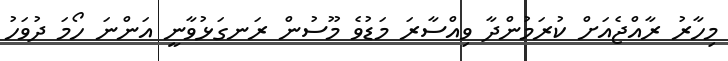
މިހާރު ރާއްޖެއަށް ކުރަމުންދާ ވިއްސާރަ މަޑުވެ މޫސުން ރަނގަޅުވާނީ އަންނަ ހޯމަ ދުވަހު